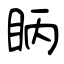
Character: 眪